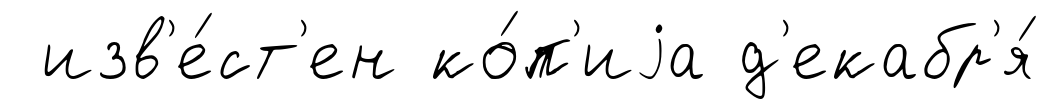
изв'е́ст'ен ко́п'иjа д'екабр'я́